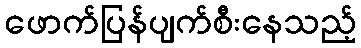
ဖောက်ပြန်ပျက်စီးနေသည့်